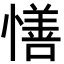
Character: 𢢆